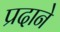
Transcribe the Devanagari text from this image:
प्रदाने